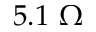
5 . 1 \ \Omega